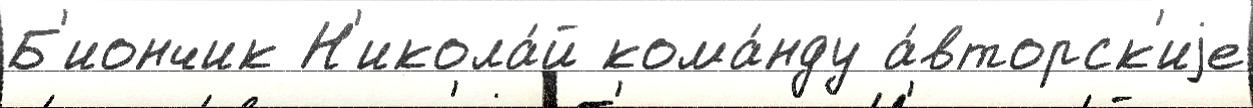
Б'иончик Н'икола́й кома́нду а́вторск'иjе